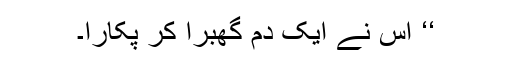
‘‘ اس نے ایک دم گھبرا کر پکارا۔